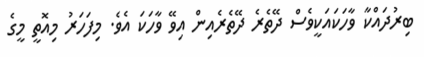
ބިރުދައްކާ ވާހަކައަކީވެސް ދޭތެރެ ދޭތެރެއިން އިވޭ ވާހަކަ އެވެ. މިފަހަރު މިއޮތީ މީގެ